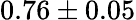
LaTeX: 0.76\pm 0.05